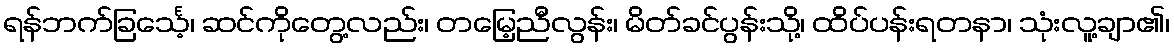
ရန်ဘက်ခြင်္သေ့၊ ဆင်ကိုတွေ့လည်း၊ တမြေ့ညီလွန်း၊ မိတ်ခင်ပွန်းသို့၊ ထိပ်ပန်းရတနာ၊ သုံးလူ့ချာ၏၊